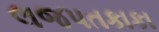
લજપતકાકા